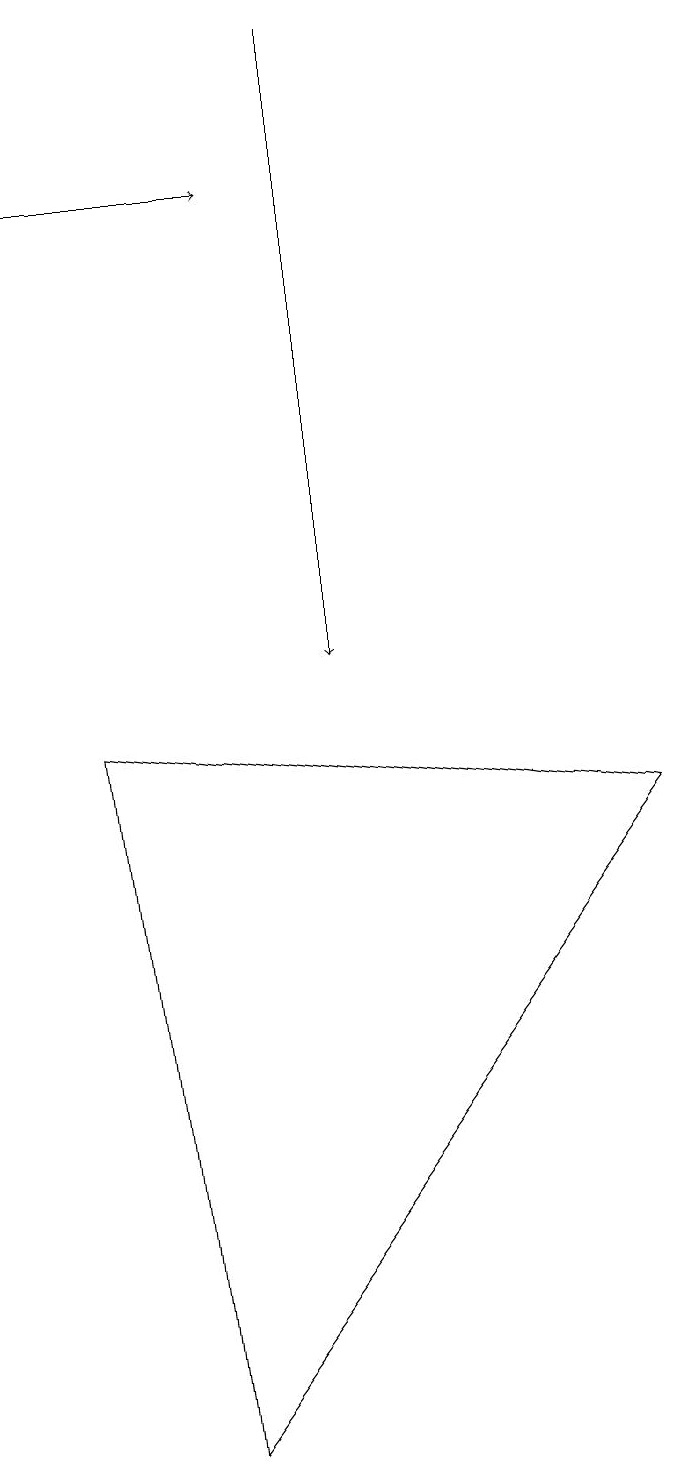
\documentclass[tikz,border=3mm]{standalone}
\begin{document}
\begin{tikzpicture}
\draw[->] (0,16) -- (3,16);
\draw (8,8) -- (2,0) -- (1,9) -- cycle;
\draw[->] (4,18) -- (4,10);
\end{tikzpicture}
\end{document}